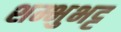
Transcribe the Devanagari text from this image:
शम्भुभट्ट